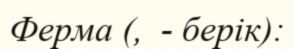
Ферма (,  - берік):